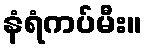
နံရံကပ်မီး။